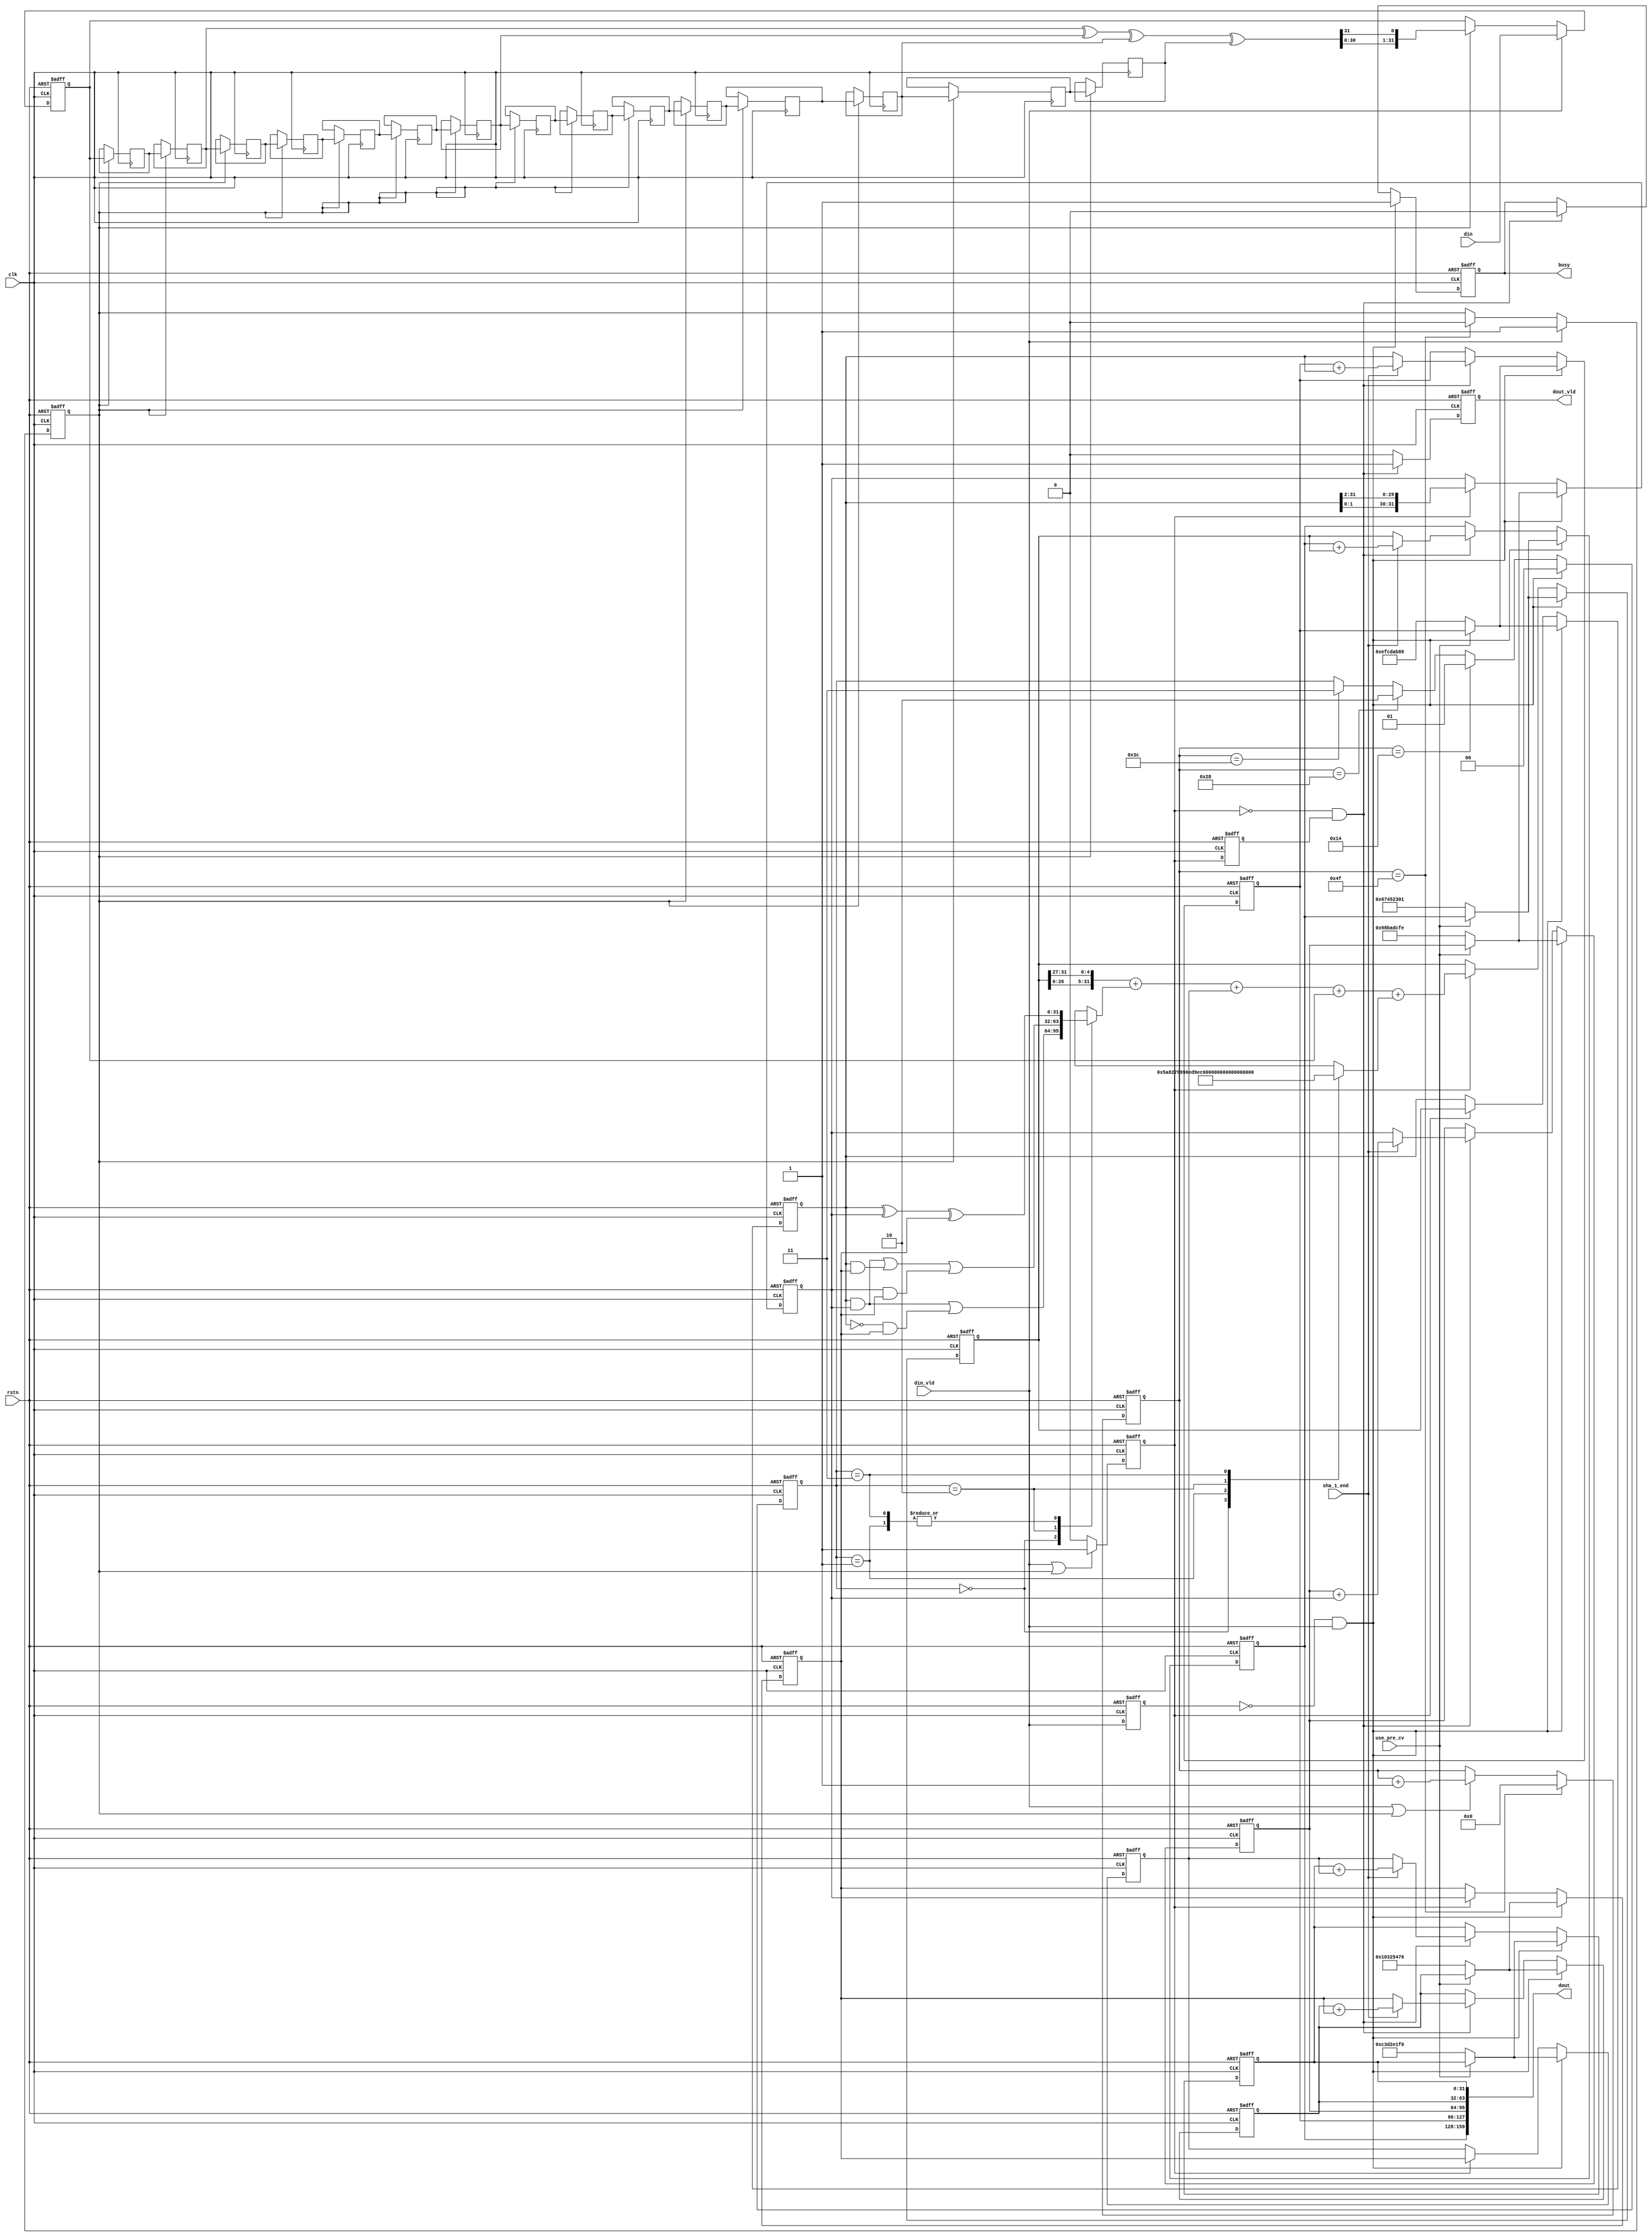
//sha_1 core;

module sha_1_core(
    clk,
    rstn,
    din,
    din_vld,
    use_pre_cv,
    sha_1_end,
    busy,
    dout,
    dout_vld  
);

input wire clk;
input wire rstn;
input wire [31:0] din;
input wire din_vld;
input wire use_pre_cv;          //1-use last h0~h1 cal value;
input wire sha_1_end;           //all block cal done;
output reg busy;                //module in cal;
output wire [159:0] dout; 
output reg dout_vld; 

parameter [31:0] H0_INIT = 32'h67452301,
                 H1_INIT = 32'hEFCDAB89,
                 H2_INIT = 32'h98BADCFE,
                 H3_INIT = 32'h10325476,
                 H4_INIT = 32'hC3D2E1F0;

/*------------------------------w(t) gen------------------------------*/
reg w_busy;
reg [6:0] cnt_w;
reg [31:0] w_reg[0:15];
wire [31:0] w_next_xor;
wire [31:0] w_next;

//cal new w(t);
assign w_next_xor = w_reg[13] ^ w_reg[8] ^ w_reg[2] ^ w_reg[0];
assign w_next = {w_next_xor[30:0], w_next_xor[31]};

//set cycle busy;
always @(posedge clk or negedge rstn) begin
    if (!rstn) begin
        w_busy <= 1'b0;
    end
    else if (din_vld) begin
        w_busy <= 1'b1;
    end
    else if (cnt_w == 7'd79) begin
        w_busy <= 1'b0;
    end
    else begin
        w_busy <= w_busy;
    end
end

//counter 80 cycle;
always @(posedge clk or negedge rstn) begin
    if (!rstn) begin
        cnt_w <= 7'd0;
    end
    else if (cnt_w == 7'd79) begin
        cnt_w <= 7'd0;
    end
    else if (din_vld || w_busy) begin
        cnt_w <= cnt_w + 1'b1;
    end
end

//set w_reg[15], din input;
always @(posedge clk or negedge rstn) begin
    if (!rstn) begin
        w_reg[15] <= 32'd0;
    end
    else if (din_vld) begin
        w_reg[15] <= din;
    end
    else if (w_busy) begin
        w_reg[15] <= w_next;
    end
end

//gen w_reg shift;
generate
    genvar i;
    for (i=0; i<15; i=i+1) begin: gen_w_reg
    always @(posedge clk) begin
        if (w_busy) begin
            w_reg[i] <= w_reg[i+1];
        end
    end
    end    
endgenerate

/*-------------------------A/B/C/D/E update-------------------------*/
reg din_vld_d;
reg [1:0] k_f_state;
reg [31:0] a_reg;
reg [31:0] b_reg;
reg [31:0] c_reg;
reg [31:0] d_reg;
reg [31:0] e_reg;
reg [31:0] f_t;
reg [31:0] k_t;
reg a_e_busy;
reg a_e_busy_d;
reg [31:0] h0;
reg [31:0] h1;
reg [31:0] h2;
reg [31:0] h3;
reg [31:0] h4;
wire din_vld_posedge;
wire [31:0] a_next;
wire a_e_busy_negedge;

//din_vld posedge detc;
always @(posedge clk or negedge rstn) begin
    if (!rstn) begin
        din_vld_d <= 1'b0;
    end
    else begin
        din_vld_d <= din_vld;
    end
end
assign din_vld_posedge = ((!din_vld_d) & (din_vld));

//k(t), f(t) state change;
always @(posedge clk or negedge rstn) begin
    if (!rstn) begin
        k_f_state <= 2'd0;
    end
    else if (din_vld_posedge) begin
        k_f_state <= 2'd0;
    end
    else if (cnt_w == 7'd20) begin
        k_f_state <= 2'd1;
    end
    else if (cnt_w == 7'd40) begin
        k_f_state <= 2'd2;
    end
    else if (cnt_w == 7'd60) begin
        k_f_state <= 2'd3;
    end
    else begin
        k_f_state <= k_f_state;
    end
end

//switch f_t k_t cal;
always @(*) begin
    case (k_f_state)
        2'd0: begin
            f_t = (b_reg & c_reg) | ((~b_reg) & d_reg);
            k_t = 32'h5A827999;
        end
        2'd1: begin
            f_t = b_reg ^ c_reg ^ d_reg;
            k_t = 32'h6ED9EBA1;
        end
        2'd2: begin
            f_t = (b_reg & c_reg) | (b_reg & d_reg) | (c_reg & d_reg);
            k_t = 32'h8F1BBCDC;
        end
        2'd3: begin
            f_t = b_reg ^ c_reg ^ d_reg;
            k_t = 32'hCA62C1D6;
        end
        default: begin
        end
    endcase
end

//cal next A;
assign a_next = ({a_reg[26:0], a_reg[31:27]} + f_t + e_reg + w_reg[15] + k_t);

//A~E cycle cal;
always @(posedge clk or negedge rstn) begin
    if (!rstn) begin
        a_e_busy <= 1'b0;
    end
    else if (din_vld | w_busy) begin
        a_e_busy <= 1'b1;
    end
    else begin
        a_e_busy <= 1'b0;
    end
end

//a_e_busy negedge detc;
always @(posedge clk or negedge rstn) begin
    if (!rstn) begin
        a_e_busy_d <= 1'b0;
    end
    else begin
        a_e_busy_d <= a_e_busy;
    end
end
assign a_e_busy_negedge = ((!a_e_busy) & a_e_busy_d); 

//initial & update A~E;
always @(posedge clk or negedge rstn) begin
    if (!rstn) begin
        a_reg <= H0_INIT;
        b_reg <= H1_INIT;
        c_reg <= H2_INIT;
        d_reg <= H3_INIT;
        e_reg <= H4_INIT;
    end
    else if (din_vld_posedge) begin
        if (use_pre_cv) begin
            a_reg <= h0;
            b_reg <= h1;
            c_reg <= h2;
            d_reg <= h3;
            e_reg <= h4;
        end
        else begin
            a_reg <= H0_INIT;
            b_reg <= H1_INIT;
            c_reg <= H2_INIT;
            d_reg <= H3_INIT;
            e_reg <= H4_INIT;
        end
    end
    else if (a_e_busy) begin
        a_reg <= a_next;
        b_reg <= a_reg;
        c_reg <= {b_reg[1:0], b_reg[31:2]};
        d_reg <= c_reg;
        e_reg <= d_reg;
    end
end

//initial & update h0~h4;
always @(posedge clk or negedge rstn) begin
    if (!rstn) begin
        h0 <= H0_INIT;
        h1 <= H1_INIT;
        h2 <= H2_INIT;
        h3 <= H3_INIT;
        h4 <= H4_INIT;
    end
    else if (din_vld_posedge) begin
        if (!use_pre_cv) begin
            h0 <= H0_INIT;
            h1 <= H1_INIT;
            h2 <= H2_INIT;
            h3 <= H3_INIT;
            h4 <= H4_INIT;
        end
    end
    else if (a_e_busy_negedge) begin
        if (sha_1_end) begin
            h0 <= h0 + a_reg;
            h1 <= h1 + b_reg;
            h2 <= h2 + c_reg;
            h3 <= h3 + d_reg;
            h4 <= h4 + e_reg;
        end
        else begin
            h0 <= a_reg;
            h1 <= b_reg;
            h2 <= c_reg;
            h3 <= d_reg;
            h4 <= e_reg;
        end
    end
end

//output dout;
assign dout = {h0, h1, h2, h3, h4};

//output dout_vld;
always @(posedge clk  or negedge rstn) begin
    if (!rstn) begin
        dout_vld <= 1'b0;
    end
    else if (a_e_busy_negedge) begin
        dout_vld <= 1'b1;
    end
    else begin
        dout_vld <= 1'b0;
    end
end

//output busy;
always @(posedge clk or negedge rstn) begin
    if (!rstn) begin
        busy <= 1'b0;
    end
    else if (din_vld_posedge) begin
        busy <= 1'b1;
    end
    else if (a_e_busy_negedge) begin
        busy <= 1'b0;
    end
end

endmodule